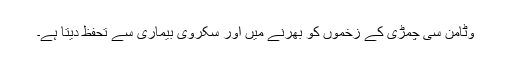
وٹامن سی چمڑی کے زخموں کو بھرنے میں اور سکروی بیماری سے تحفظ دیتا ہے۔